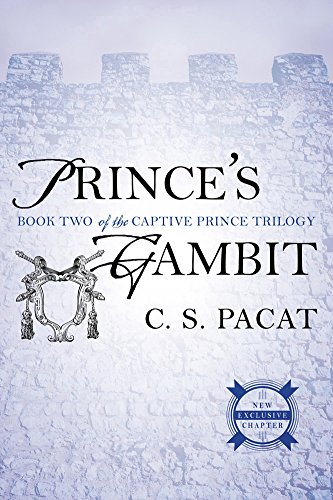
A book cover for Prince's Gambit: Captive Prince Book Two (The Captive Prince Trilogy); C. S. Pacat; Romance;